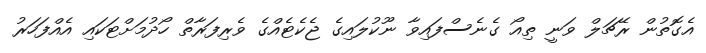
އެގޮތުން ރޭޗަލް ވަނީ ތިއޯ ގެނެސްފައިވާ ނޫކުލައިގެ ޖެކެޓެއްގެ ވެރިފަރާތް ހޯދުމަށްޓަކައި އެއްފަހަރު